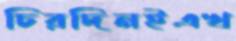
চিরদিনইএখ